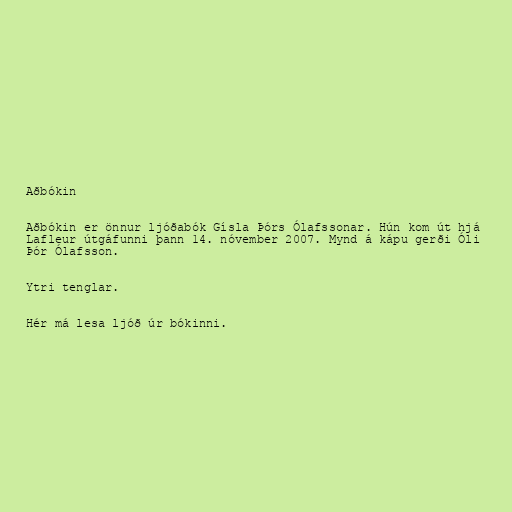
Aðbókin

Aðbókin er önnur ljóðabók Gísla Þórs Ólafssonar. Hún kom út hjá
Lafleur útgáfunni þann 14. nóvember 2007. Mynd á kápu gerði Óli
Þór Ólafsson.

Ytri tenglar.

Hér má lesa ljóð úr bókinni.